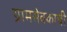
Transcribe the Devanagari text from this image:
ग्रामसेवकाची